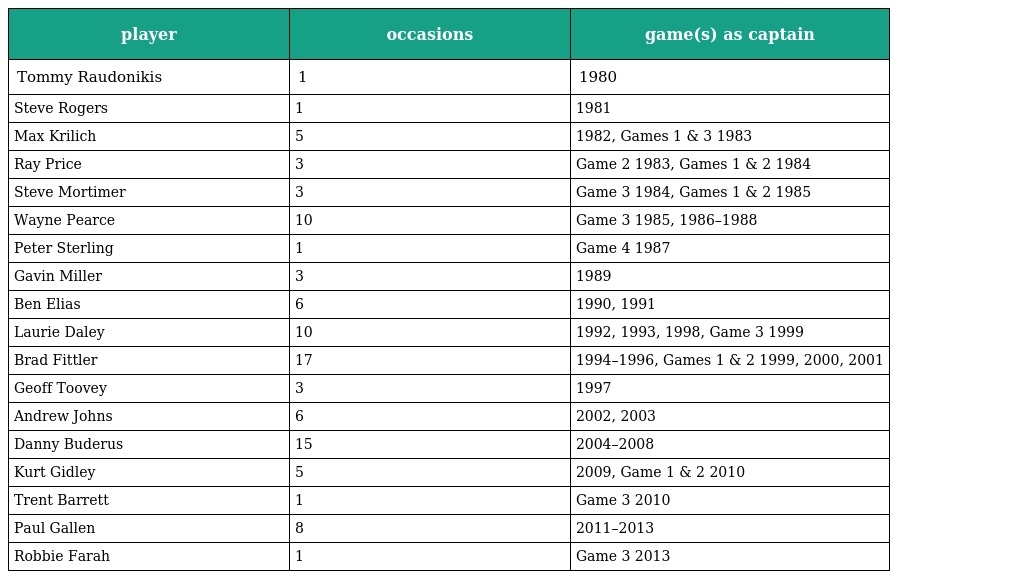
| player | occasions | game(s) as captain |
 | --- | --- | --- |
 | Tommy Raudonikis | 1 | 1980 |
 | Steve Rogers | 1 | 1981 |
 | Max Krilich | 5 | 1982, Games 1 & 3 1983 |
 | Ray Price | 3 | Game 2 1983, Games 1 & 2 1984 |
 | Steve Mortimer | 3 | Game 3 1984, Games 1 & 2 1985 |
 | Wayne Pearce | 10 | Game 3 1985, 1986–1988 |
 | Peter Sterling | 1 | Game 4 1987 |
 | Gavin Miller | 3 | 1989 |
 | Ben Elias | 6 | 1990, 1991 |
 | Laurie Daley | 10 | 1992, 1993, 1998, Game 3 1999 |
 | Brad Fittler | 17 | 1994–1996, Games 1 & 2 1999, 2000, 2001 |
 | Geoff Toovey | 3 | 1997 |
 | Andrew Johns | 6 | 2002, 2003 |
 | Danny Buderus | 15 | 2004–2008 |
 | Kurt Gidley | 5 | 2009, Game 1 & 2 2010 |
 | Trent Barrett | 1 | Game 3 2010 |
 | Paul Gallen | 8 | 2011–2013 |
 | Robbie Farah | 1 | Game 3 2013 |